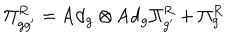
\Pi _ { g g ^ { \prime } } ^ { R } = \mathrm { A d } _ { g } \otimes \mathrm { A d } _ { g } \Pi _ { g ^ { \prime } } ^ { R } + \Pi _ { g } ^ { R }